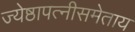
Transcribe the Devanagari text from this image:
ज्येष्ठापत्नीसमेताय